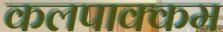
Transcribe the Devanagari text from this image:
कलपाक्कम